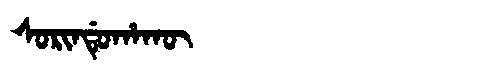
Manchu: ᠰᠣᡵᡳᠨᡩᡠᡥᠠᡴᡡ
Romanization: SORINDUHAKŪ